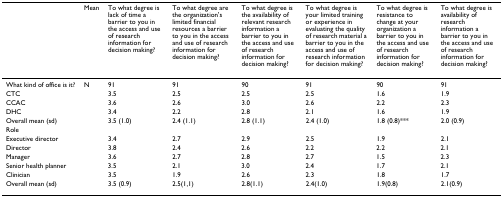
<table><thead><tr><td></td><td><b>Mean</b></td><td><b>To what degree is lack of time a barrier to you in the access and use of research information for decision making?</b></td><td><b>To what degree are the organization&#x27;s limited financial resources a barrier to you in the access and use of research information for decision making?</b></td><td><b>To what degree is the availability of relevant research information a barrier to you in the access and use of research information for decision making?</b></td><td><b>To what degree is your limited training or experience in evaluating the quality of research material a barrier to you in the access and use of research information for decision making?</b></td><td><b>To what degree is resistance to change at your organization a barrier to you in the access and use of research information for decision making?</b></td><td><b>To what degree is availability of research information a barrier to you in the access and use of research information for decision making?</b></td></tr></thead><tbody><tr><td>What kind of office is it?</td><td>N</td><td>91</td><td>91</td><td>90</td><td>91</td><td>90</td><td>91</td></tr><tr><td>CTC</td><td></td><td>3.5</td><td>2.5</td><td>2.5</td><td>2.5</td><td>1.6</td><td>1.9</td></tr><tr><td>CCAC</td><td></td><td>3.6</td><td>2.6</td><td>3.0</td><td>2.6</td><td>2.2</td><td>2.3</td></tr><tr><td>DHC</td><td></td><td>3.4</td><td>2.2</td><td>2.8</td><td>2.1</td><td>1.6</td><td>1.9</td></tr><tr><td>Overall mean (sd)</td><td></td><td>3.5 (1.0)</td><td>2.4 (1.1)</td><td>2.8 (1.1)</td><td>2.4 (1.0)</td><td>1.8 (0.8)***</td><td>2.0 (0.9)</td></tr><tr><td>Role</td><td></td><td></td><td></td><td></td><td></td><td></td><td></td></tr><tr><td>Executive director</td><td></td><td>3.4</td><td>2.7</td><td>2.9</td><td>2.5</td><td>1.9</td><td>2.1</td></tr><tr><td>Director</td><td></td><td>3.8</td><td>2.4</td><td>2.6</td><td>2.2</td><td>2.2</td><td>2.1</td></tr><tr><td>Manager</td><td></td><td>3.6</td><td>2.7</td><td>2.8</td><td>2.7</td><td>1.5</td><td>2.3</td></tr><tr><td>Senior health planner</td><td></td><td>3.5</td><td>2.1</td><td>3.0</td><td>2.4</td><td>1.7</td><td>2.1</td></tr><tr><td>Clinician</td><td></td><td>3.5</td><td>1.9</td><td>2.6</td><td>2.3</td><td>1.8</td><td>1.7</td></tr><tr><td>Overall mean (sd)</td><td></td><td>3.5 (0.9)</td><td>2.5(1,1)</td><td>2.8(1.1)</td><td>2.4(1.0)</td><td>1.9(0.8)</td><td>2.1(0.9)</td></tr></tbody></table>